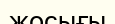
жосығы